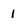
Character: 1